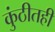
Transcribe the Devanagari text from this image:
कुंठीतही